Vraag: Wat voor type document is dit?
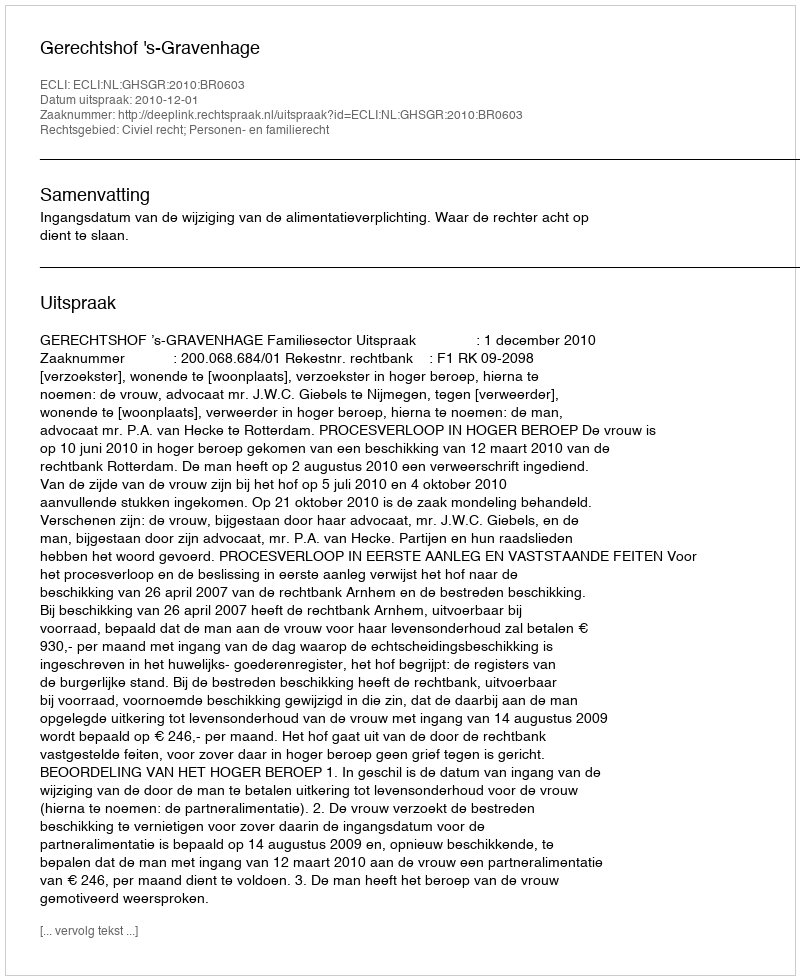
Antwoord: Uitspraak